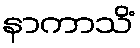
နာကာသိံ